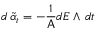
d \, \widetilde { \alpha } _ { t } = - \frac { 1 } { \mathsf { A } } d E \wedge \, d t